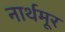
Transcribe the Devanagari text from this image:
नार्थमूर